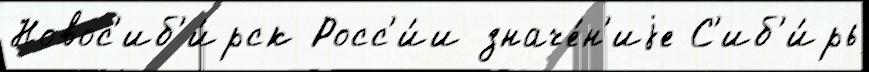
Новос'иб'и́рск Росс'и́и значе́н'иjе С'иб'и́рь